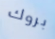
بروك